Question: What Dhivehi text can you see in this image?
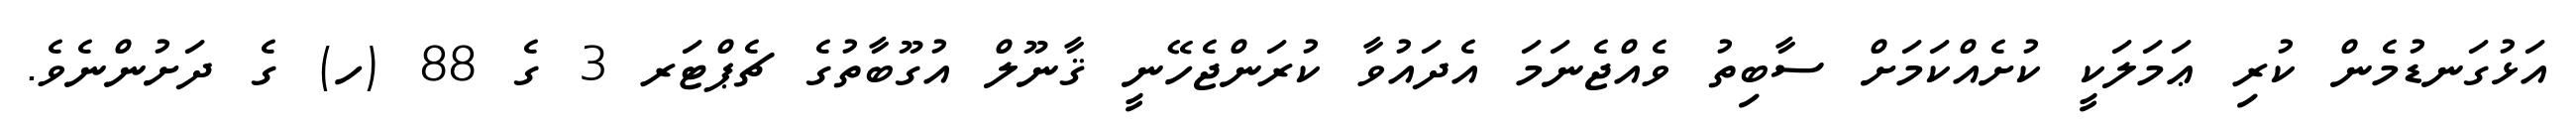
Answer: އަޅުގަނޑުމެން ކުރި ޢަމަލަކީ ކުށެއްކަމަށް ސާބިތު ވެއްޖެނަމަ އެދައުވާ ކުރަންޖެހޭނީ ޤާނޫލް އުގޫބާތުގެ ޗެޕްޓަރ 3 ގެ 88 (ހ) ގެ ދަށުންނެވެ.